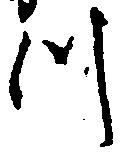
つ